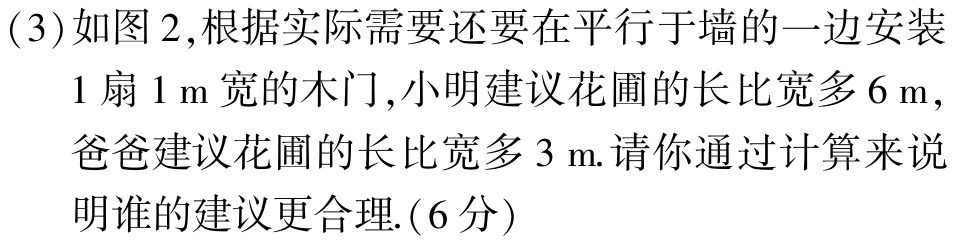
(3)如图2,根据实际需要还要在平行于墙的一边安装
1扇1 m宽的木门,小明建议花圃的长比宽多6 m,
爸爸建议花圃的长比宽多3 m.请你通过计算来说
明谁的建议更合理.(6分)